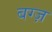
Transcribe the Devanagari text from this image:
बग्ज़